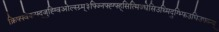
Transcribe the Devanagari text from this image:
क्रिफ्फ्वेक्न्फ्द्जुह्ग्विओल्स्ग्र्म्३फ्ज्निफ्ह्ग्फ्ह्सित्मिज्धेसिउथ्मिदुग्भ्फिउघिउफ्व्न्य्